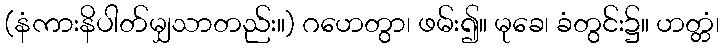
(နံကားနိပါတ်မျှသာတည်း။) ဂဟေတွာ၊ ဖမ်း၍။ မုခေ၊ ခံတွင်း၌။ ဟတ္တံ၊